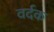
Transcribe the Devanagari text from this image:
वर्दक